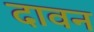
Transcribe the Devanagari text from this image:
दावन